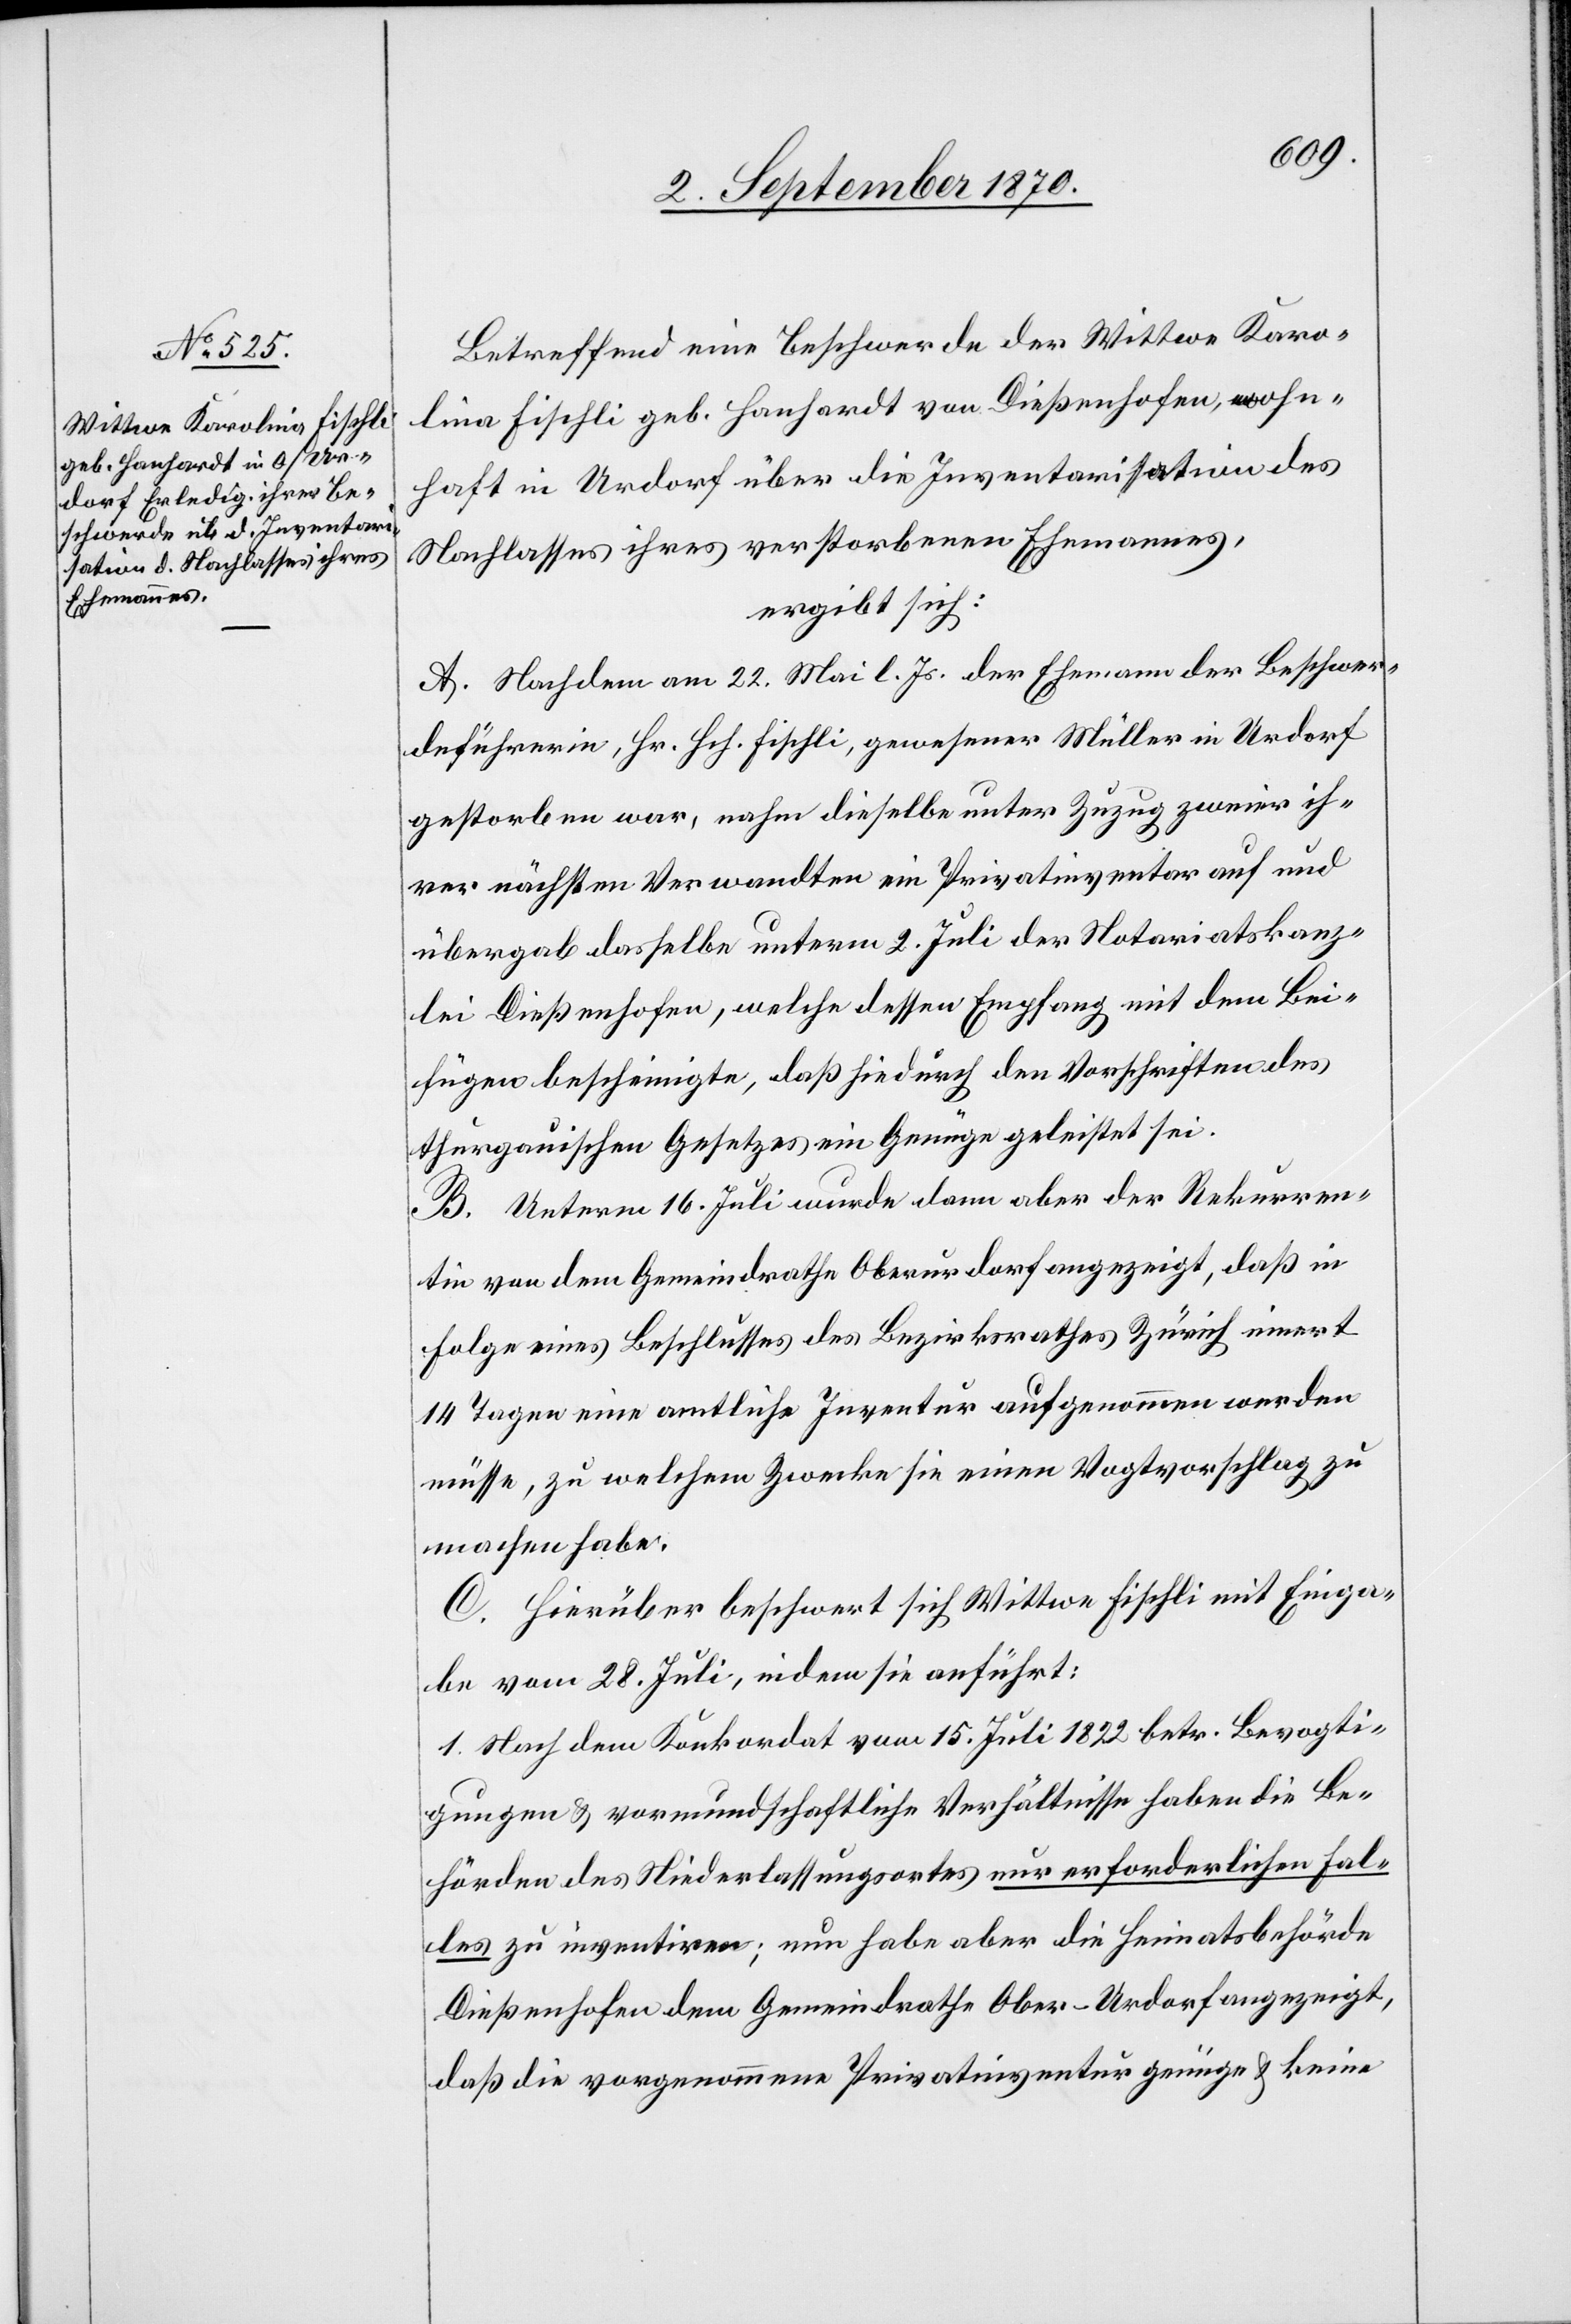
Betreffend eine Beschwerde der Wittwe Karo¬
lina Fischli geb. Hanhardt von Dießenhofen, wohn¬
haft in Urdorf über die Inventarisation des
Nachlaßes ihres verstorbenen Ehemanns,
ergibt sich:
A. Nachdem am 22. Mai l. Js. der Ehemann der Beschwer¬
deführerin, Hr. Hch. Fischli, gewesener Müller in Urdorf
gestorben war, nahm dieselbe unter Zuzug zweier ih¬
rer nächsten Verwandten ein Privatinventar auf und
übergab dasselbe unterm 2. Juli der Notariatskanz¬
lei Dießenhofen, welche dessen Empfang mit dem Bei¬
fügen bescheinigte, daß hiedurch den Vorschriften des
thurgauischen Gesetzes ein Genüge geleistet sei.
B. Unterm 16. Juli wurde dann aber der Rekurren¬
tin von dem Gemeindrathe Oberurdorf angezeigt, daß in
Folge eines Beschlusses des Bezirksrathes Zürich innert
14 Tagen eine amtliche Inventur aufgenommen werden
müsse, zu welchem Zwecke sie einen Vogtvorschlag zu
machen habe.
C. Hierüber beschwert sich Wittwe Fischli mit Einga¬
be vom 28. Juli, indem sie anführt:
1. Nach dem Konkordat vom 15. Juli 1822 betr. Bevogti¬
gungen & vormundschaftliche Verhältnisse haben die Be¬
hörden des Niederlassungsortes nur erforderlichen Fal¬
les zu inventiren; nun habe aber die Heimatsbehörde
Dießenhofen dem Gemeindrathe Ober-Urdorf angezeigt,
daß die vorgenommene Privatinventur genüge & keine